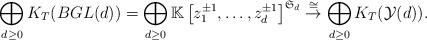
LaTeX: \begin{align*} \bigoplus_{d\geq 0}K_T(BGL(d))=\bigoplus_{d\geq 0}\mathbb{K}\left[z_1^{\pm 1}, \ldots, z_d^{\pm 1}\right]^{\mathfrak{S}_d}\stackrel{\cong}{\to}\bigoplus_{d\geq 0} K_T(\mathcal{Y}(d)). \end{align*}